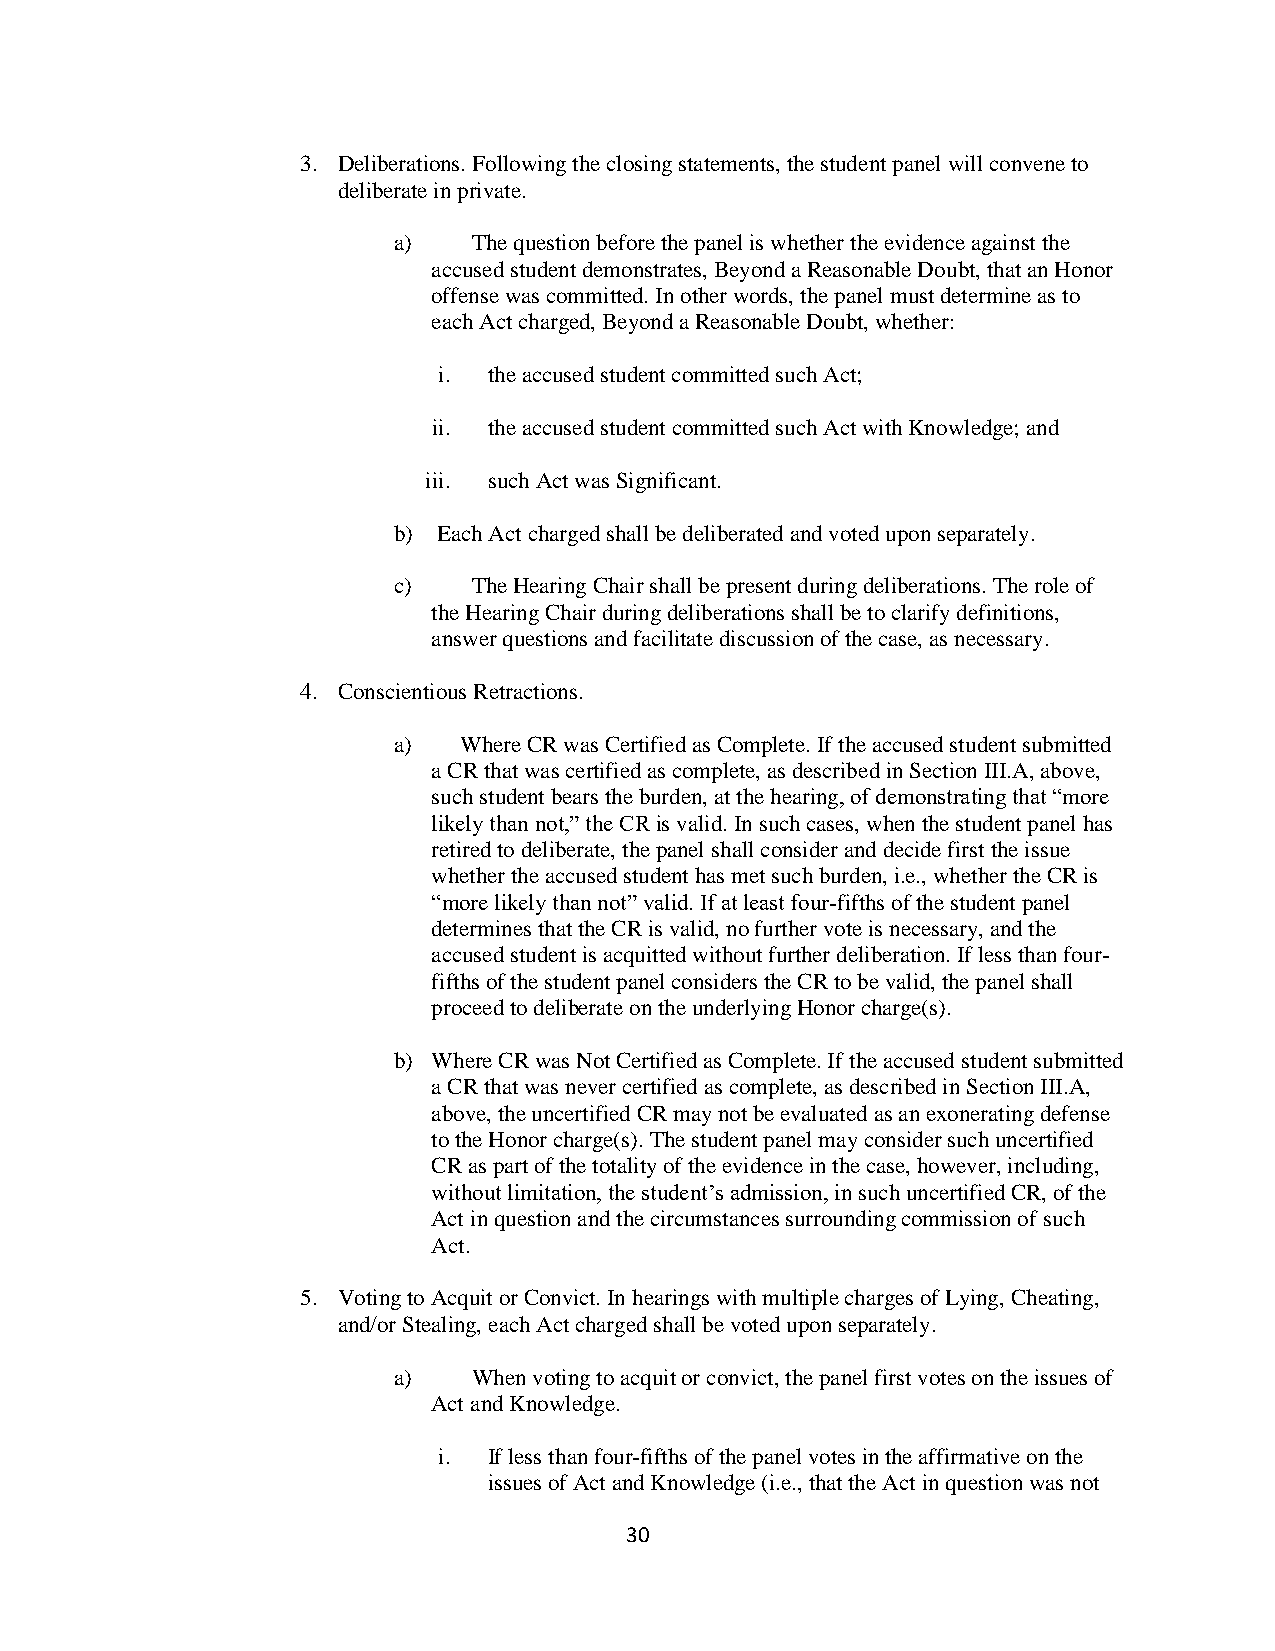
3. Deliberations. Following the closing statements, the student panel will convene to
 deliberate in private.
 a)   The question before the panel is whether the evidence against the
 accused student demonstrates, Beyond a Reasonable Doubt, that an Honor
 offense was committed. In other words, the panel must determine as to
 each Act charged, Beyond a Reasonable Doubt, whether:
 i. the accused student committed such Act;
 ii. the accused student committed such Act with Knowledge; and
 iii. such Act was Significant.
 b) Each Act charged shall be deliberated and voted upon separately.
 c)   The Hearing Chair shall be present during deliberations. The role of
 the Hearing Chair during deliberations shall be to clarify definitions,
 answer questions and facilitate discussion of the case, as necessary.
 4. Conscientious Retractions.
 a)  Where CR was Certified as Complete. If the accused student submitted
 a CR that was certified as complete, as described in Section III.A, above,
 such student bears the burden, at the hearing, of demonstrating that “more
 likely than not,” the CR is valid. In such cases, when the student panel has
 retired to deliberate, the panel shall consider and decide first the issue
 whether the accused student has met such burden, i.e., whether the CR is
 “more likely than not” valid. If at least four-fifths of the student panel
 determines that the CR is valid, no further vote is necessary, and the
 accused student is acquitted without further deliberation. If less than four-
 fifths of the student panel considers the CR to be valid, the panel shall
 proceed to deliberate on the underlying Honor charge(s).
 b) Where CR was Not Certified as Complete. If the accused student submitted
 a CR that was never certified as complete, as described in Section III.A,
 above, the uncertified CR may not be evaluated as an exonerating defense
 to the Honor charge(s). The student panel may consider such uncertified
 CR as part of the totality of the evidence in the case, however, including,
 without limitation, the student’s admission, in such uncertified CR, of the
 Act in question and the circumstances surrounding commission of such
 Act.
 5. Voting to Acquit or Convict. In hearings with multiple charges of Lying, Cheating,
 and/or Stealing, each Act charged shall be voted upon separately.
 a)   When voting to acquit or convict, the panel first votes on the issues of
 Act and Knowledge.
 i. If less than four-fifths of the panel votes in the affirmative on the
 issues of Act and Knowledge (i.e., that the Act in question was not
 30